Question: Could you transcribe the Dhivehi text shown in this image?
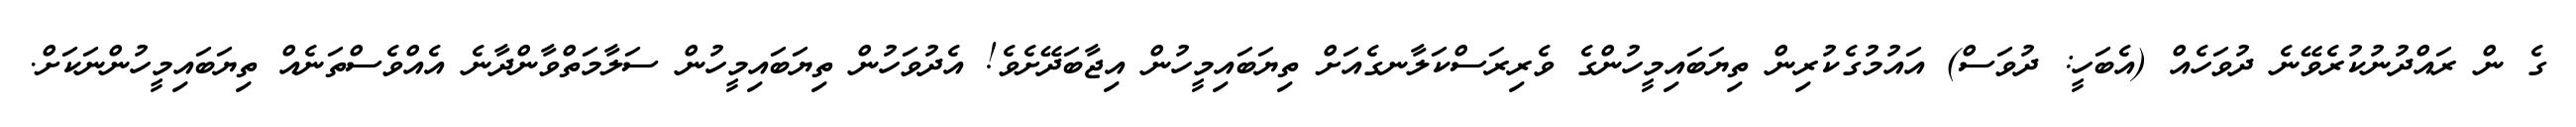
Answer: ގެ ން ރައްދުނުކުރެވޭނެ ދުވަހެއް (އެބަހީ: ދުވަސް) އައުމުގެކުރިން ތިޔަބައިމީހުންގެ ވެރިރަސްކަލާނގެއަށް ތިޔަބައިމީހުން އިޖާބަދޭށެވެ! އެދުވަހުން ތިޔަބައިމީހުން ސަލާމަތްވާންދާނެ އެއްވެސްތަނެއް ތިޔަބައިމީހުންނަކަށް.